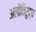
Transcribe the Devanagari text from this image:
अलीविरुद्ध